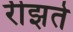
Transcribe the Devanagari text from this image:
रीझते